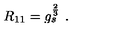
R _ { 1 1 } = g _ { s } ^ { \frac { 2 } { 3 } } \ .